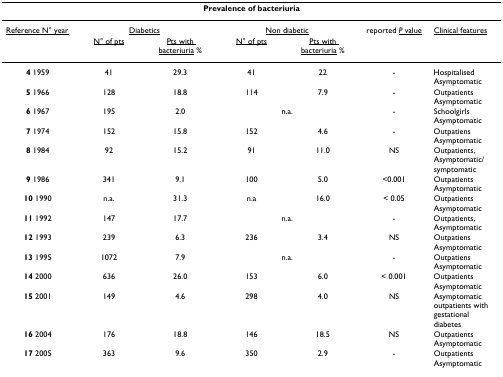
<table><thead><tr><td colspan="7"><b>Prevalence of bacteriuria</b></td></tr></thead><tbody><tr><td><underline>Reference N° year</underline></td><td colspan="2"><underline>Diabetics</underline></td><td colspan="2"><underline>Non diabetic</underline></td><td>reported <underline><i>P </i>value</underline></td><td><underline>Clinical features</underline></td></tr><tr><td></td><td><underline>N° of pts</underline></td><td><underline>Pts with bacteriuria</underline> %</td><td><underline>N° of pts</underline></td><td><underline>Pts with bacteriuria</underline> %</td><td></td><td></td></tr><tr><td><b>4 </b>1959</td><td>41</td><td>29.3</td><td>41</td><td>22</td><td>-</td><td>Hospitalised Asymptomatic</td></tr><tr><td><b>5 </b>1966</td><td>128</td><td>18.8</td><td>114</td><td>7.9</td><td>-</td><td>Outpatients Asymptomatic</td></tr><tr><td><b>6 </b>1967</td><td>195</td><td>2.0</td><td colspan="2">n.a.</td><td>-</td><td>Schoolgirls Asymptomatic</td></tr><tr><td><b>7 </b>1974</td><td>152</td><td>15.8</td><td>152</td><td>4.6</td><td>-</td><td>Outpatiens Asymptomatic</td></tr><tr><td><b>8 </b>1984</td><td>92</td><td>15.2</td><td>91</td><td>11.0</td><td>NS</td><td>Outpatients, Asymptomatic/symptomatic</td></tr><tr><td><b>9 </b>1986</td><td>341</td><td>9.1</td><td>100</td><td>5.0</td><td>&lt;0.001</td><td>Outpatients Asymptomatic</td></tr><tr><td><b>10 </b>1990</td><td>n.a.</td><td>31.3</td><td>n.a</td><td>16.0</td><td>&lt; 0.05</td><td>Outpatients Asymptomatic</td></tr><tr><td><b>11 </b>1992</td><td>147</td><td>17.7</td><td colspan="2">n.a.</td><td>-</td><td>Outpatients, Asymptomatic</td></tr><tr><td><b>12 </b>1993</td><td>239</td><td>6.3</td><td>236</td><td>3.4</td><td>NS</td><td>Outpatiens Asymptomatic</td></tr><tr><td><b>13 </b>1995</td><td>1072</td><td>7.9</td><td colspan="2">n.a.</td><td>-</td><td>Outpatiens Asymptomatic</td></tr><tr><td><b>14 </b>2000</td><td>636</td><td>26.0</td><td>153</td><td>6.0</td><td>&lt; 0.001</td><td>Outpatients Asymptomatic</td></tr><tr><td><b>15 </b>2001</td><td>149</td><td>4.6</td><td>298</td><td>4.0</td><td>NS</td><td>Asymptomatic outpatients with gestational diabetes</td></tr><tr><td><b>16 </b>2004</td><td>176</td><td>18.8</td><td>146</td><td>18.5</td><td>NS</td><td>Outpatients Asymptomatic</td></tr><tr><td><b>17 </b>2005</td><td>363</td><td>9.6</td><td>350</td><td>2.9</td><td>-</td><td>Outpatients Asymptomatic</td></tr></tbody></table>